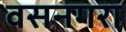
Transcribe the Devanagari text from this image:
वसनगरा